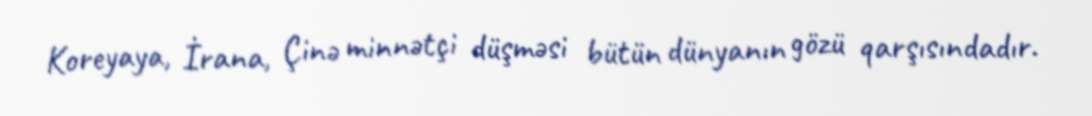
Koreyaya, İrana, Çinə minnətçi düşməsi bütün dünyanın gözü qarşısındadır.